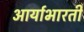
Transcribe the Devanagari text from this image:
आर्याभारती